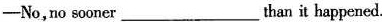
—No,no sooner ___than it happened.